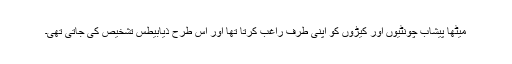
میٹھا پیشاب چونٹیوں اور کیڑوں کو اپنی طرف راغب کرتا تھا اور اس طرح ذیابیطس تشخیص کی جاتی تھی۔